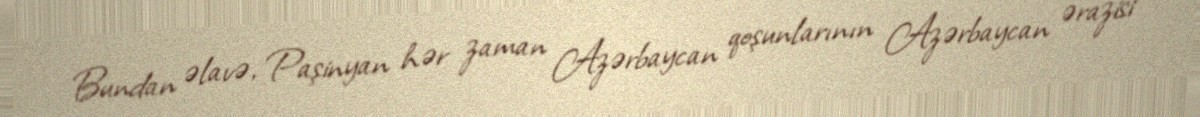
Bundan əlavə, Paşinyan hər zaman Azərbaycan qoşunlarının Azərbaycan ərazisi